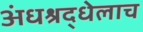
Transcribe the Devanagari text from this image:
अंधश्रद्धेलाच